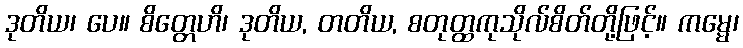
ဒုတိယ၊ ပေ။ စိတ္တေဟိ၊ ဒုတိယ, တတိယ, စတုတ္ထကုသိုလ်စိတ်တို့ဖြင့်။ ကမ္မေ၊